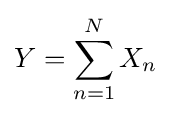
Y=\sum _{n=1}^{N}X_{n}